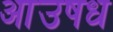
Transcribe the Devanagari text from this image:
आउषध